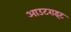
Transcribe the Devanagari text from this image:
आउटराइट